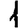
Digit: 1